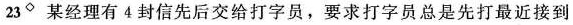
23某经理有4封信先后交给打字员，要求打字员总是先打最近接到的